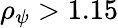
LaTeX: \rho_{\psi}>1.15